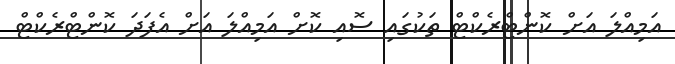
އަމިއްލަ އަށް ކޮންޓްރެކްޓް ތަކުގައި ސޮއި ކޮށް އަމިއްލަ އަށް އެފަދަ ކޮންޓްރެކްޓް